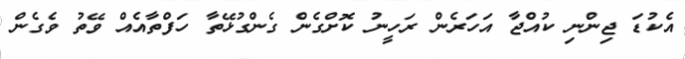
އެކުޑަ ޖިންނި ކުއްޖާ އަހަރެން ރަހީނު ކޮށްގެން ގެންގުޅޭތާ ހަފްތާއެއް ވޭތު ވެގެން